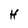
Character: H